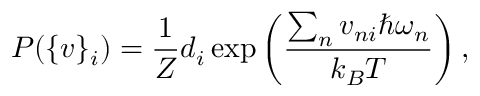
P ( \{ v \} _ { i } ) = \frac { 1 } { Z } d _ { i } \exp \left( \frac { \sum _ { n } v _ { n i } \hbar \omega _ { n } } { k _ { B } T } \right) ,